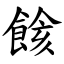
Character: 餩